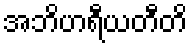
အဘိဟရီယတီတိ